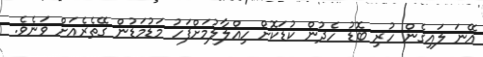
އޭނަ ލައިގެން ހުރި ބޮޑު ހެދުން ކުޑަކޮށް ހިއްލާލުމަށްފަހު މަޑުމަޑުން ގޭތެރެއަށް ވަނެވެ.